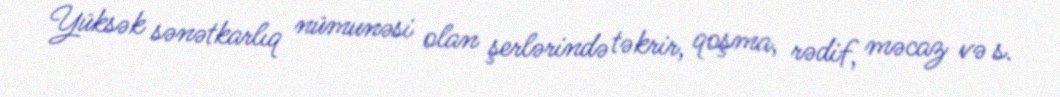
Yüksək sənətkarlıq nümunəsi olan şerlərində təkrir, qoşma, rədif, məcaz və s.